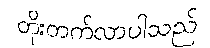
တိုးတက်လာပါသည်